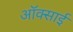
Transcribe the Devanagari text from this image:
ऑक्साई